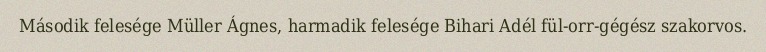
Második felesége Müller Ágnes, harmadik felesége Bihari Adél fül-orr-gégész szakorvos.